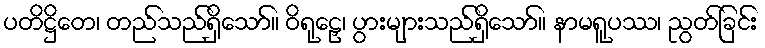
ပတိဋ္ဌိတေ၊ တည်သည်ရှိသော်။ ဝိရုဠှေ၊ ပွားများသည်ရှိသော်။ နာမရူပဿ၊ ညွတ်ခြင်း